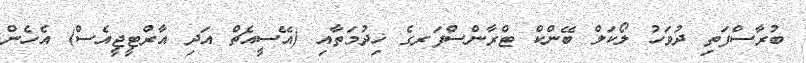
ބުރާސްފަތި ދުވަހު ލޯކަލް ބޭންކް ޓްރާންސްފަރގެ ޚިދުމަތާއި (އޭސީއެޗް އަދި އާރްޓީޖީއެސް) އެހެން